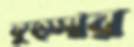
কুত্সার